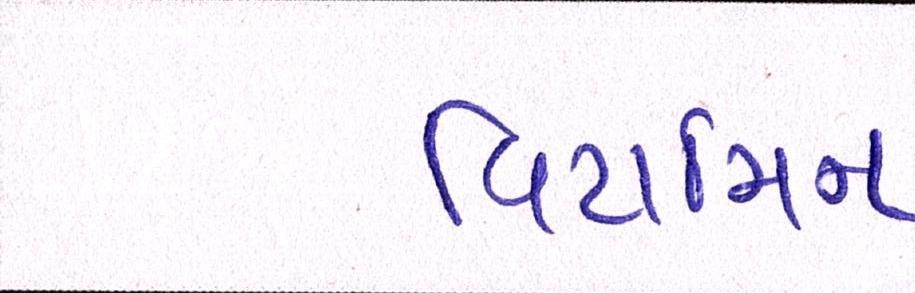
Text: વિટામિન